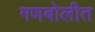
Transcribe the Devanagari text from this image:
गणबोलीत